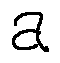
a